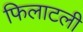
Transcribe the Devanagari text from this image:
फिलाटली